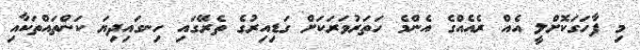
މި ފާހަގަކޮށްލީ އެއް ރެއެއްގެ އެންމެ ހަތަރުވަރަކަށް ގަޑިއިރުގެ ތެރޭގައި ހިނގައިދިޔަ ކަންތައްތަކާއި